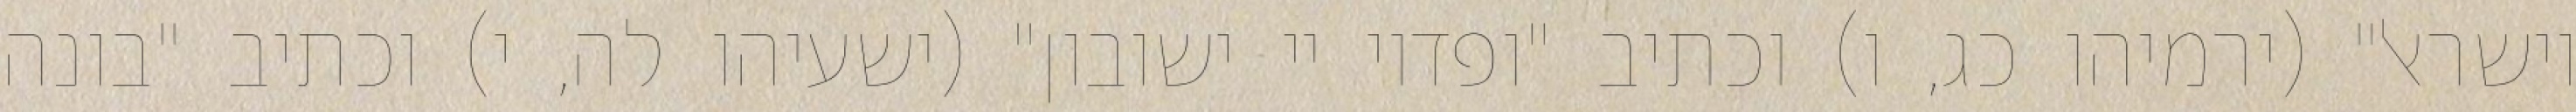
וישראל" (ירמיהו כג, ו) וכתיב "ופדוי יי ישובון" (ישעיהו לה, י) וכתיב "בונה